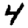
Digit: 4